Civil Veterinary Dept. North-West Frontier Province 1923-32 - 1923-1932
Year: 1923
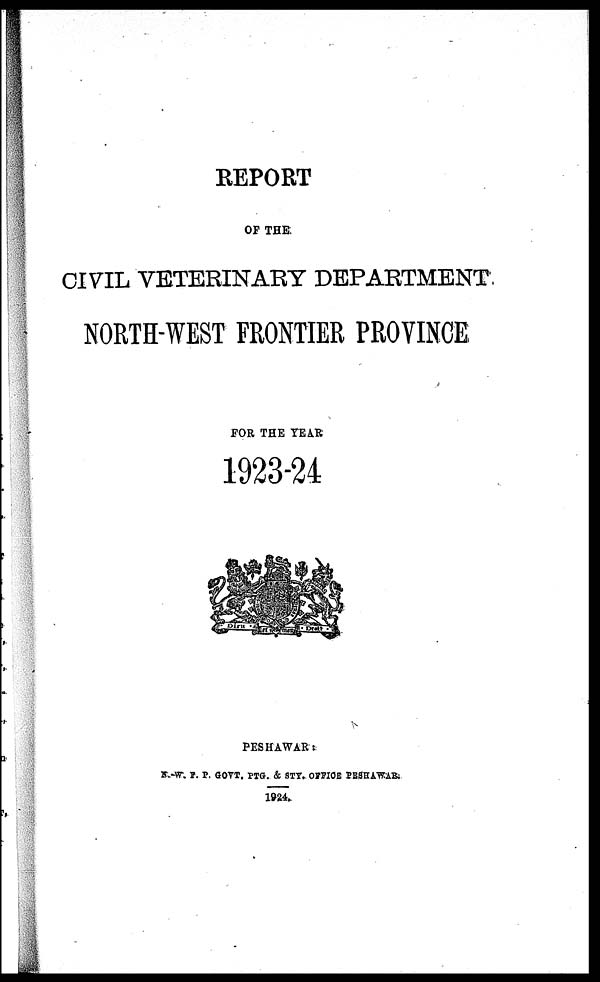
REPORT
OF THE
CIVIL VETERINARY DEPARTMENT
NORTH-WEST FRONTIER PROVINCE
FOR THE YEAR
1923-24
PESHAWAR :
K.-W.F. P. GOVT. PTG. & STY. OFFICE PESHAWAR.
1924.